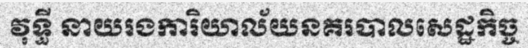
វុទ្ធី នាយរងការិយាល័យនគរបាលសេដ្ឋកិច្ច